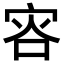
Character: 𡨐